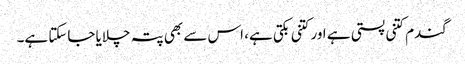
گندم کتنی پستی ہے اور کتنی بکتی ہے، اس سے بھی پتہ چلایا جاسکتا ہے۔